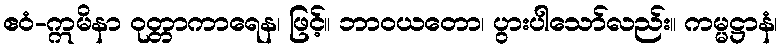
ဧဝံ-ဣမိနာ ဝုတ္တာကာရေန၊ ဖြင့်။ ဘာဝယတော၊ ပွားပါသော်လည်း။ ကမ္မဋ္ဌာနံ၊